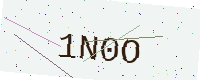
Text: 1N0O